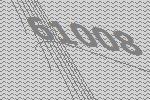
61008